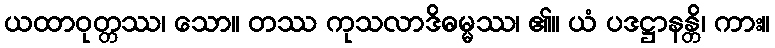
ယထာဝုတ္တဿ၊ သော။ တဿ ကုသလာဒိဓမ္မဿ၊ ၏။ ယံ ပဒဋ္ဌာနန္တိ၊ ကား။